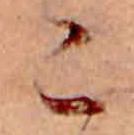
こ